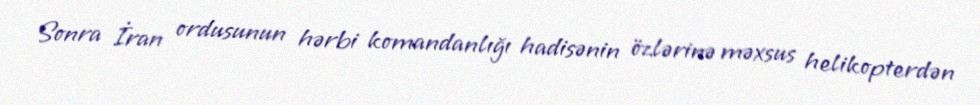
Sonra İran ordusunun hərbi komandanlığı hadisənin özlərinə məxsus helikopterdən